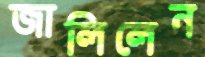
জালিলেন